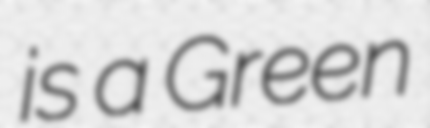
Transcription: is a Green